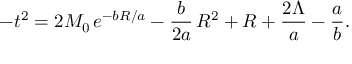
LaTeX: - t ^ { 2 } = 2 M _ { 0 } \, e ^ { - b R / a } - { \frac { b } { 2 a } } \, R ^ { 2 } + R + { \frac { 2 \Lambda } { a } } - { \frac { a } { b } } .